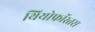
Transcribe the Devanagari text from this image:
थियोफ्रॉस्तस